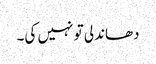
دھاندلی تو نہیں کی۔